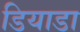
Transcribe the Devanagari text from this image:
डियाडा